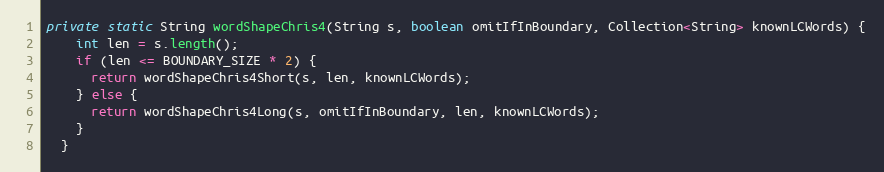
Language: Java
private static String wordShapeChris4(String s, boolean omitIfInBoundary, Collection<String> knownLCWords) {
    int len = s.length();
    if (len <= BOUNDARY_SIZE * 2) {
      return wordShapeChris4Short(s, len, knownLCWords);
    } else {
      return wordShapeChris4Long(s, omitIfInBoundary, len, knownLCWords);
    }
  }